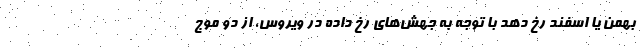
بهمن یا اسفند رخ دهد با توجه به جهش‌های رخ داده در ویروس، از دو موج